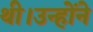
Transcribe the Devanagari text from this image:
थी।उन्होंने